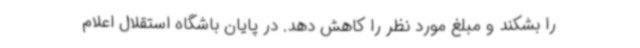
را بشکند و مبلغ مورد نظر را کاهش دهد. در پایان باشگاه استقلال اعلام